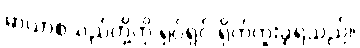
မာယာစသည်တို့ကို ရုပ်ရှင် ရိုက်ကူးခဲ့ရသည်။